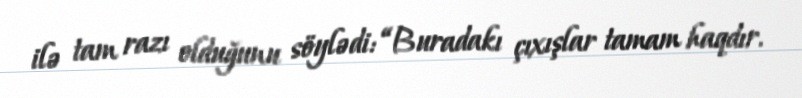
ilə tam razı olduğunu söylədi: “Buradakı çıxışlar tamam haqdır.